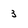
Character: 3